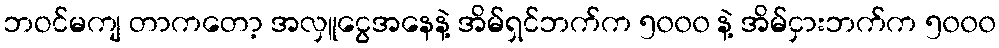
ဘဝင်မကျ တာကတော့ အလှူငွေအနေနဲ့ အိမ်ရှင်ဘက်က ၅၀၀၀ နဲ့ အိမ်ငှားဘက်က ၅၀၀၀